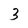
Character: 3